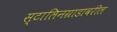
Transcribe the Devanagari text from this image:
स्टालिनग्राडावरील